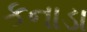
કનાડા